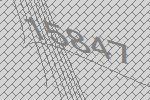
15847